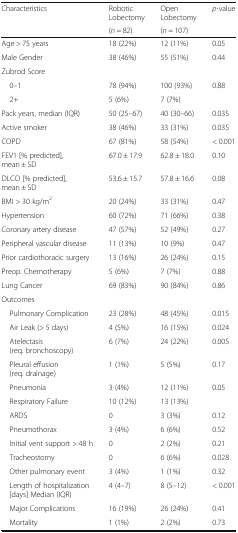
<table><thead><tr><td rowspan="2"><b>Characteristics</b></td><td><b>RoboticLobectomy</b></td><td><b>OpenLobectomy</b></td><td rowspan="2"><b><i>p</i>-value</b></td></tr><tr><td><b>(<i>n</i> = 82)</b></td><td><b>(<i>n</i> = 107)</b></td></tr></thead><tbody><tr><td>Age &gt; 75 years</td><td>18 (22%)</td><td>12 (11%)</td><td>0.05</td></tr><tr><td>Male Gender</td><td>38 (46%)</td><td>55 (51%)</td><td>0.44</td></tr><tr><td colspan="4">Zubrod Score</td></tr><tr><td> 0–1</td><td>78 (94%)</td><td>100 (93%)</td><td>0.88</td></tr><tr><td> 2+</td><td>5 (6%)</td><td>7 (7%)</td><td></td></tr><tr><td>Pack years, median (IQR)</td><td>50 (25–67)</td><td>40 (30–66)</td><td>0.035</td></tr><tr><td>Active smoker</td><td>38 (46%)</td><td>33 (31%)</td><td>0.035</td></tr><tr><td>COPD</td><td>67 (81%)</td><td>58 (54%)</td><td>&lt; 0.001</td></tr><tr><td>FEV1 [% predicted], mean ± SD</td><td>67.0 ± 17.9</td><td>62.8 ± 18.0</td><td>0.10</td></tr><tr><td>DLCO [% predicted], mean ± SD</td><td>53.6 ± 15.7</td><td>57.8 ± 16.6</td><td>0.08</td></tr><tr><td>BMI &gt; 30 kg/m<sup>2</sup></td><td>20 (24%)</td><td>33 (31%)</td><td>0.47</td></tr><tr><td>Hypertension</td><td>60 (72%)</td><td>71 (66%)</td><td>0.38</td></tr><tr><td>Coronary artery disease</td><td>47 (57%)</td><td>52 (49%)</td><td>0.27</td></tr><tr><td>Peripheral vascular disease</td><td>11 (13%)</td><td>10 (9%)</td><td>0.47</td></tr><tr><td>Prior cardiothoracic surgery</td><td>13 (16%)</td><td>26 (24%)</td><td>0.15</td></tr><tr><td>Preop. Chemotherapy</td><td>5 (6%)</td><td>7 (7%)</td><td>0.88</td></tr><tr><td>Lung Cancer</td><td>69 (83%)</td><td>90 (84%)</td><td>0.86</td></tr><tr><td colspan="4">Outcomes</td></tr><tr><td> Pulmonary Complication</td><td>23 (28%)</td><td>48 (45%)</td><td>0.015</td></tr><tr><td> Air Leak (&gt; 5 days)</td><td>4 (5%)</td><td>16 (15%)</td><td>0.024</td></tr><tr><td> Atelectasis (req. bronchoscopy)</td><td>6 (7%)</td><td>24 (22%)</td><td>0.005</td></tr><tr><td> Pleural effusion (req. drainage)</td><td>1 (1%)</td><td>5 (5%)</td><td>0.17</td></tr><tr><td> Pneumonia</td><td>3 (4%)</td><td>12 (11%)</td><td>0.05</td></tr><tr><td> Respiratory Failure</td><td>10 (12%)</td><td>13 (13%)</td><td></td></tr><tr><td> ARDS</td><td>0</td><td>3 (3%)</td><td>0.12</td></tr><tr><td> Pneumothorax</td><td>3 (4%)</td><td>6 (6%)</td><td>0.52</td></tr><tr><td> Initial vent support &gt; 48 h</td><td>0</td><td>2 (2%)</td><td>0.21</td></tr><tr><td> Tracheostomy</td><td>0</td><td>6 (6%)</td><td>0.028</td></tr><tr><td> Other pulmonary event</td><td>3 (4%)</td><td>1 (1%)</td><td>0.32</td></tr><tr><td> Length of hospitalization [days] Median (IQR)</td><td>4 (4–7)</td><td>8 (5–12)</td><td>&lt; 0.001</td></tr><tr><td> Major Complications</td><td>16 (19%)</td><td>26 (24%)</td><td>0.41</td></tr><tr><td> Mortality</td><td>1 (1%)</td><td>2 (2%)</td><td>0.73</td></tr></tbody></table>